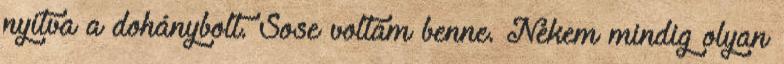
nyitva a dohánybolt. Sose voltam benne. Nekem mindig olyan